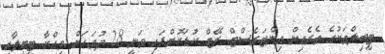
ޓީބިލްތަކުގެ ތެރެއިން އިންޓަރެސްޓް ރޭޓް ކުޑަކޮށްފައި ވަނީ 28 ދުވަހަށް ވިއްކާ ޓީބީލާއި